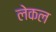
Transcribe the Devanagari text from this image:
लेकल